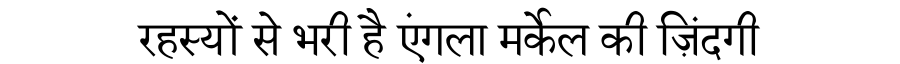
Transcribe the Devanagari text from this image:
रहस्यों से भरी है एंगला मर्केल की ज़िंदगी